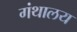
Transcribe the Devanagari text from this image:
गंथालय